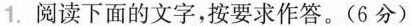
1.阅读下面的文字，按要求作答。(6分)